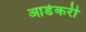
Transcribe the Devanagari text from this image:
आडेकरी